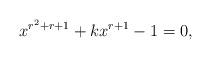
LaTeX: \begin{align*}x^{r^2+r+1}+kx^{r+1}-1=0,\end{align*}